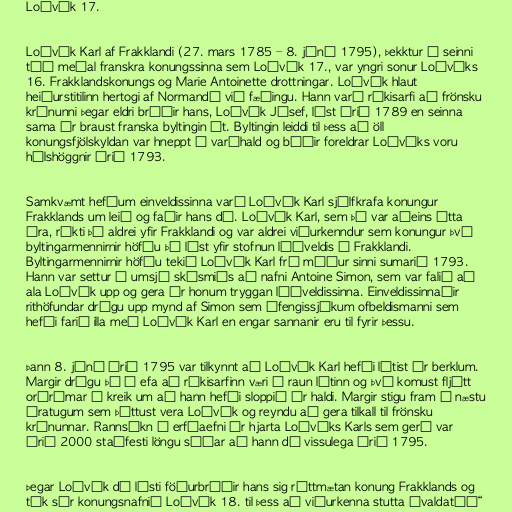
Loðvík 17.

Loðvík Karl af Frakklandi (27. mars 1785 – 8. júní 1795), þekktur í seinni
tíð meðal franskra konungssinna sem Loðvík 17., var yngri sonur Loðvíks
16. Frakklandskonungs og Marie Antoinette drottningar. Loðvík hlaut
heiðurstitilinn hertogi af Normandí við fæðingu. Hann varð ríkisarfi að frönsku
krúnunni þegar eldri bróðir hans, Loðvík Jósef, lést árið 1789 en seinna
sama ár braust franska byltingin út. Byltingin leiddi til þess að öll
konungsfjölskyldan var hneppt í varðhald og báðir foreldrar Loðvíks voru
hálshöggnir árið 1793.

Samkvæmt hefðum einveldissinna varð Loðvík Karl sjálfkrafa konungur
Frakklands um leið og faðir hans dó. Loðvík Karl, sem þá var aðeins átta
ára, ríkti þó aldrei yfir Frakklandi og var aldrei viðurkenndur sem konungur því
byltingarmennirnir höfðu þá lýst yfir stofnun lýðveldis í Frakklandi.
Byltingarmennirnir höfðu tekið Loðvík Karl frá móður sinni sumarið 1793.
Hann var settur í umsjá skósmiðs að nafni Antoine Simon, sem var falið að
ala Loðvík upp og gera úr honum tryggan lýðveldissinna. Einveldissinnaðir
rithöfundar drógu upp mynd af Simon sem áfengissjúkum ofbeldismanni sem
hefði farið illa með Loðvík Karl en engar sannanir eru til fyrir þessu.

Þann 8. júní árið 1795 var tilkynnt að Loðvík Karl hefði látist úr berklum.
Margir drógu þó í efa að ríkisarfinn væri í raun látinn og því komust fljótt
orðrómar á kreik um að hann hefði sloppið úr haldi. Margir stigu fram á næstu
áratugum sem þóttust vera Loðvík og reyndu að gera tilkall til frönsku
krúnunnar. Rannsókn á erfðaefni úr hjarta Loðvíks Karls sem gerð var
árið 2000 staðfesti löngu síðar að hann dó vissulega árið 1795.

Þegar Loðvík dó lýsti föðurbróðir hans sig réttmætan konung Frakklands og
tók sér konungsnafnið Loðvík 18. til þess að viðurkenna stutta „valdatíð“